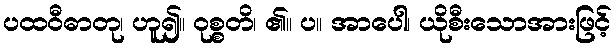
ပထဝီဓာတု၊ ဟူ၍။ ဝုစ္စတိ၊ ၏။ ပ။ အာပေါ၊ ယိုစီးသောအားဖြင့်